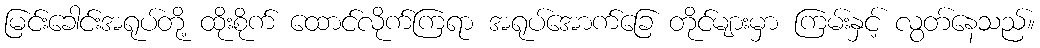
မြင်းခေါင်းအရုပ်တို့ ထိုးစိုက် ထောင်လိုက်ကြရာ အရုပ်အောက်ခြေ တိုင်များမှာ ကြမ်းနှင့် လွတ်နေသည်။